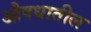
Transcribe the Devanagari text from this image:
औषधातील